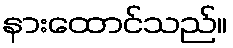
နားထောင်သည်။